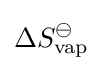
\Delta S_{\text{vap}}^{\ominus }